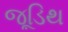
જૂડિથ